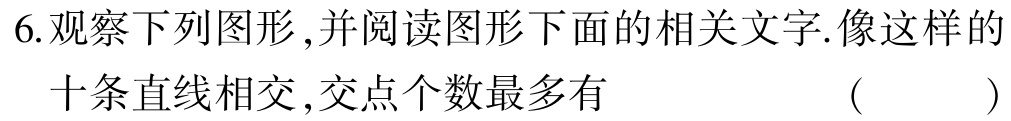
6.观察下列图形,并阅读图形下面的相关文字.像这样的十条直线相交,交点个数最多有 （  ）